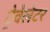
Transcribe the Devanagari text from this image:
ट्रेवेलेटर